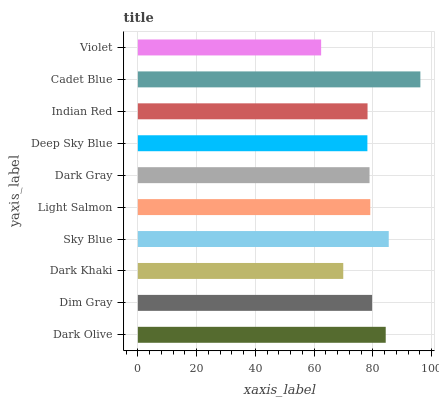
| yaxis_label | bars |
 | --- | --- |
 | Dark Olive | 84.4 |
 | Dim Gray | 79.7 |
 | Dark Khaki | 69.9 |
 | Sky Blue | 85.4 |
 | Light Salmon | 79.1 |
 | Dark Gray | 78.8 |
 | Deep Sky Blue | 78.1 |
 | Indian Red | 78.2 |
 | Cadet Blue | 96.1 |
 | Violet | 62.4 |